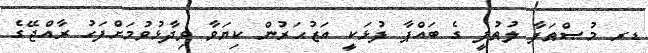
ޑރ މުޞްޠަފާ ލުޠުފީ ގެ ބައްޕާ ފުޅަކީ އަޒުހަރުން ކިޔަވާ ވިދާޅުވުމަށްފަހު ރާއްޖޭގެ